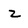
Character: z